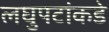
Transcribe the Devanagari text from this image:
लघुपटांकडे